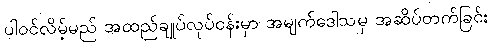
ပါဝင်လိမ့်မည် အထည်ချုပ်လုပ်ငန်းမှာ အမျက်ဒေါသမှ အဆိပ်တက်ခြင်း